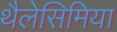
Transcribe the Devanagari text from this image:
थैलेसिमिया